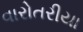
વારોતરીયા